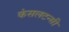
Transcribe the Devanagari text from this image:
कंसलटन्सी